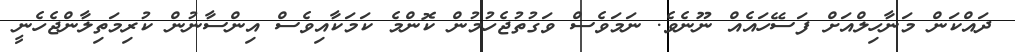
ދައްކަން މަނާހިލްއަށް ފަސޭހައެއް ނޫނެވެ. ނަމަވެސް ވަގުތުޖެހުމުން ކޮންމެ ކަމަކާއިވެސް އިންސާނުން ކުރިމަތިލާންޖެހެނީ